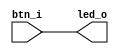
module led_btn(
    input btn_i,
    output led_o
);

assign led_o = btn_i;

endmodule